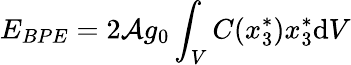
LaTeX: E_{BPE}=2\mathcal{A}g_{0}\int_{V}C(x_{3}^{*})x_{3}^{*}\mathrm{d}V